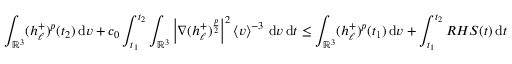
\int _ { \ensuremath { { \mathbb R } } ^ { 3 } } ( h _ { \ell } ^ { + } ) ^ { p } ( t _ { 2 } ) \, \mathrm { d } v + c _ { 0 } \int _ { t _ { 1 } } ^ { t _ { 2 } } \int _ { \ensuremath { { \mathbb R } } ^ { 3 } } \left\vert \nabla ( h _ { \ell } ^ { + } ) ^ { \frac { p } { 2 } } \right\vert ^ { 2 } \left\langle v \right\rangle ^ { - 3 } \, \mathrm { d } v \, \mathrm { d } t \le \int _ { \ensuremath { { \mathbb R } } ^ { 3 } } ( h _ { \ell } ^ { + } ) ^ { p } ( t _ { 1 } ) \, \mathrm { d } v + \int _ { t _ { 1 } } ^ { t _ { 2 } } R H S ( t ) \, \mathrm { d } t